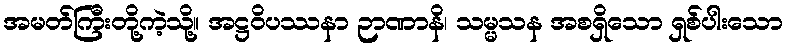
အမတ်ကြီးတို့ကဲ့သို့။ အဋ္ဌဝိပဿနာ ဉာဏာနိ၊ သမ္မသန အစရှိသော ရှစ်ပါးသော